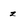
Character: z